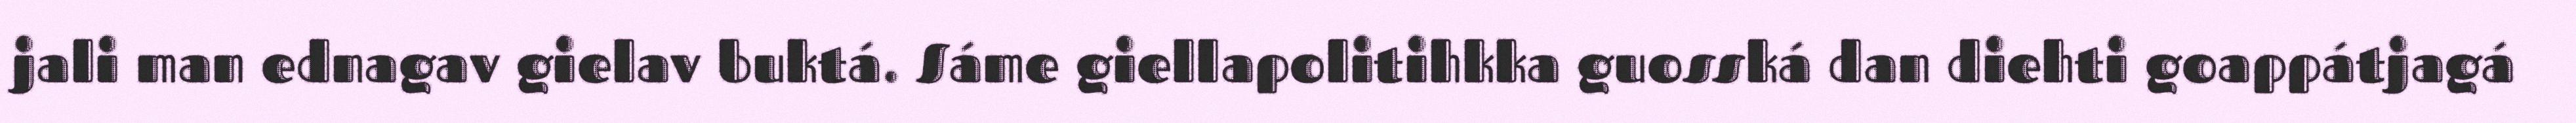
jali man ednagav gielav buktá. Sáme giellapolitihkka guosská dan diehti goappátjagá